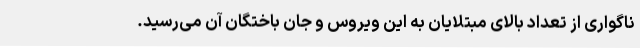
ناگواری از تعداد بالای مبتلایان به این ویروس و جان باختگان آن می‌رسید.